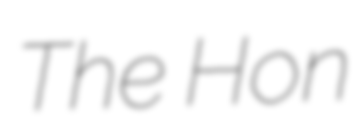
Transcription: The Hon